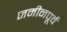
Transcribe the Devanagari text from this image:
जमीनपूर्व